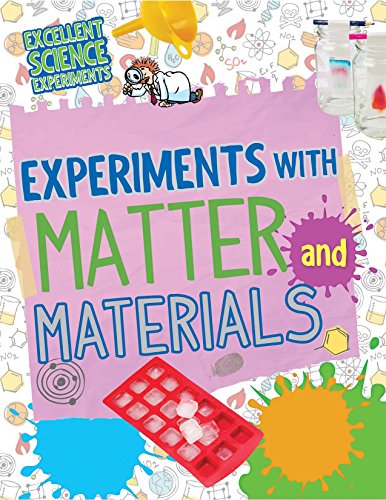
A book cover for Experiments With Matter and Materials (Excellent Science Experiments); Chris Oxlade; Children's Books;